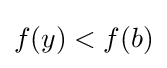
f(y)<f(b)